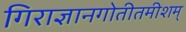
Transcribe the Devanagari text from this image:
गिराज्ञानगोतीतमीशम्